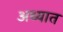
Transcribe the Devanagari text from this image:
अध्यात